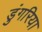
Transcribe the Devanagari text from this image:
डुंगरिया